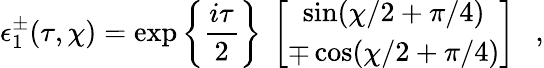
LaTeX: \epsilon_{1}^{\pm}(\tau,\chi)=\exp\left\{ {\frac{i\tau}{2}}\right\} ~\left[\begin{array}{c}{{\sin(\chi/2+\pi/4)}}\\ {{\mp\cos(\chi/2+\pi/4)}}\end{array}\right]~~~,